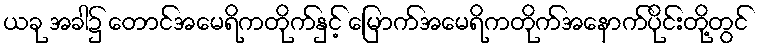
ယခု အခါ၌ တောင်အမေရိကတိုက်နှင့် မြောက်အမေရိကတိုက်အနောက်ပိုင်းတို့တွင်